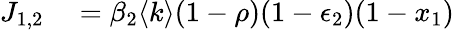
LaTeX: \begin{array}{rl}{J_{1,2}}&{{}=\beta_{2}\langle k\rangle(1-\rho)(1-\epsilon_{2})(1-x_{1})}\end{array}